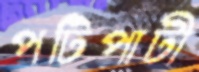
পটিপাটী